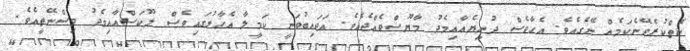
ކެތްކުރެވޭނެކަމެއް ނޭގެއެވެ. އެހާވެސް ދުނިޔެއާއިމެދު މާޔޫސްވެއްޖެއެވެ. އަޖައިބުވަނީ ކަމީލާ އެހާލުގައިވެސް ލޫކަސްއާއިމެދު ވިސްނޭތީއެވެ.